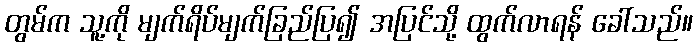
တွမ်က သူ့ကို မျက်ရိပ်မျက်ခြည်ပြ၍ အပြင်သို့ ထွက်လာရန် ခေါ်သည်။